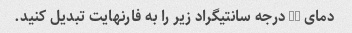
دمای 25 درجه سانتیگراد زیر را به فارنهایت تبدیل کنید.